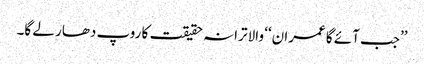
’’جب آئے گا عمران‘‘ والا ترانہ حقیقت کا روپ دھار لے گا۔